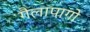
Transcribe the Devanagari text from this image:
गैलापागो